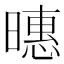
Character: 𪱇